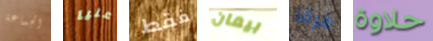
الجماعة عليا فقط بيمان فرقا حلاوة